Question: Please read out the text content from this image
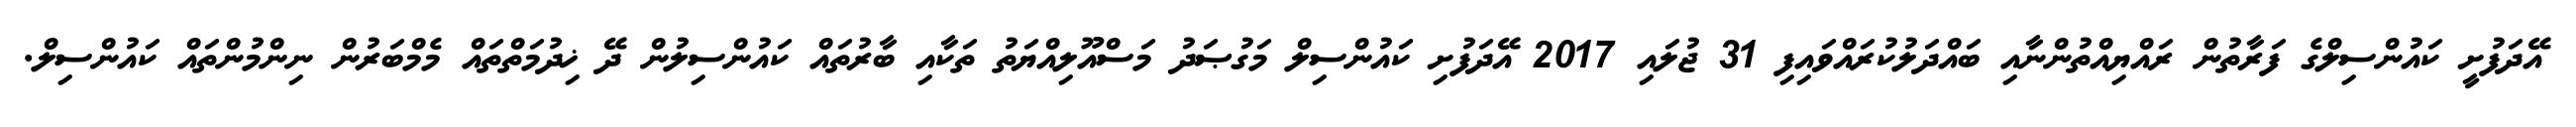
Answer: އޭދަފުށީ ކައުންސިލްގެ ފަރާތުން ރައްޔިއްތުންނާއި ބައްދަލުކުރައްވައިފި 31 ޖުލައި 2017 އޭދަފުށި ކައުންސިލް މަގުޞަދު މަސްއޫލިއްޔަތު ތަކާއި ބާރުތައް ކައުންސިލުން ދޭ ޚިދުމަތްތައް މެމްބަރުން ނިންމުންތައް ކައުންސިލް.